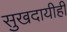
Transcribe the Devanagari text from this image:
सुखदायीही